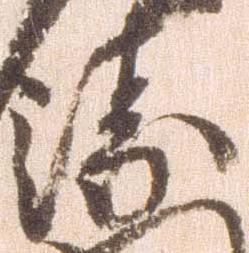
衛